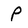
Character: P